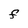
Character: F